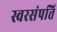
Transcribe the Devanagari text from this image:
स्वरसंपत्ति